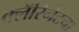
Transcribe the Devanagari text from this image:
क्लॅरिनेटचा